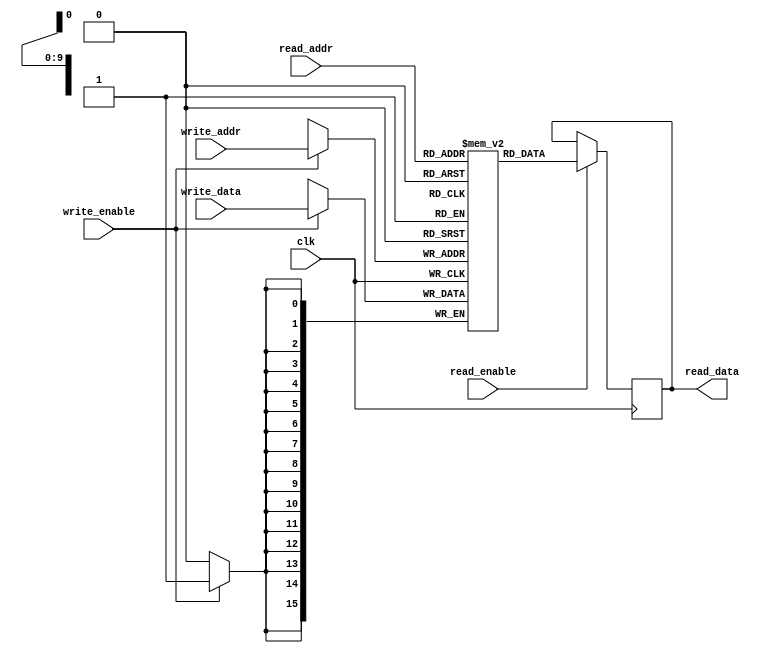
`timescale 1ns / 1ps
//////////////////////////////////////////////////////////////////////////////////
// Company: 
// Engineer: 
// 
// Design Name: 
// Module Name: RAM
// Project Name: 
// Target Devices: 
// Tool Versions: 
// Description: 
// 
// Dependencies: 
// 
// Revision:
// Revision 0.01 - File Created
// Additional Comments:
// 
//////////////////////////////////////////////////////////////////////////////////


module RAM(clk,write_data,write_enable,write_addr,read_enable,read_addr,read_data);
input clk;
input write_enable,read_enable;
input  [15:0] write_data;
input [9:0] write_addr,read_addr ;
output reg [15:0] read_data;
reg [15:0]RAM[1023:0];
always@(posedge clk)
begin
if(write_enable)
begin
RAM[write_addr]<=write_data;
end
end

always@(posedge clk)
begin
if(read_enable)
begin
read_data=RAM[read_addr];
end
end
endmodule